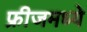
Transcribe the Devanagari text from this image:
फ्रीजमध्ये